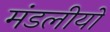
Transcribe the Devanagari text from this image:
मंडलीयों